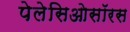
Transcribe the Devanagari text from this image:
पेलेसिओसॉरस